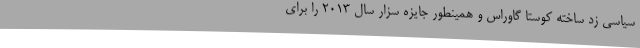
سیاسی زد ساخته کوستا گاوراس و همینطور جایزه سزار سال ۲۰۱۳ را برای